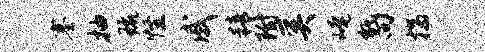
塞抽琉怪戚精附奚崦甑向揣